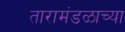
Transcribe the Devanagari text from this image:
तारामंडळाच्या